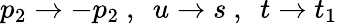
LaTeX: p_{2}\rightarrow-p_{2}\ ,\ \ u\rightarrow s\ ,\ \ t\rightarrow t_{1}